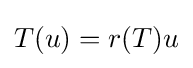
T(u)=r(T)u